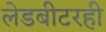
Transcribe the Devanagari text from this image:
लेडबीटरही